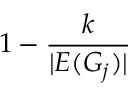
1 - { \frac { k } { | E ( G _ { j } ) | } }